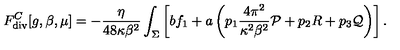
F _ { \tiny \mathrm { d i v } } ^ { C } [ g , \beta , \mu ] = - { \frac { \eta } { 4 8 \kappa \beta ^ { 2 } } } \int _ { \Sigma } \left[ b f _ { 1 } + a \left( p _ { 1 } { \frac { 4 \pi ^ { 2 } } { \kappa ^ { 2 } \beta ^ { 2 } } } { \cal P } + p _ { 2 } R + p _ { 3 } { \cal Q } \right) \right] .